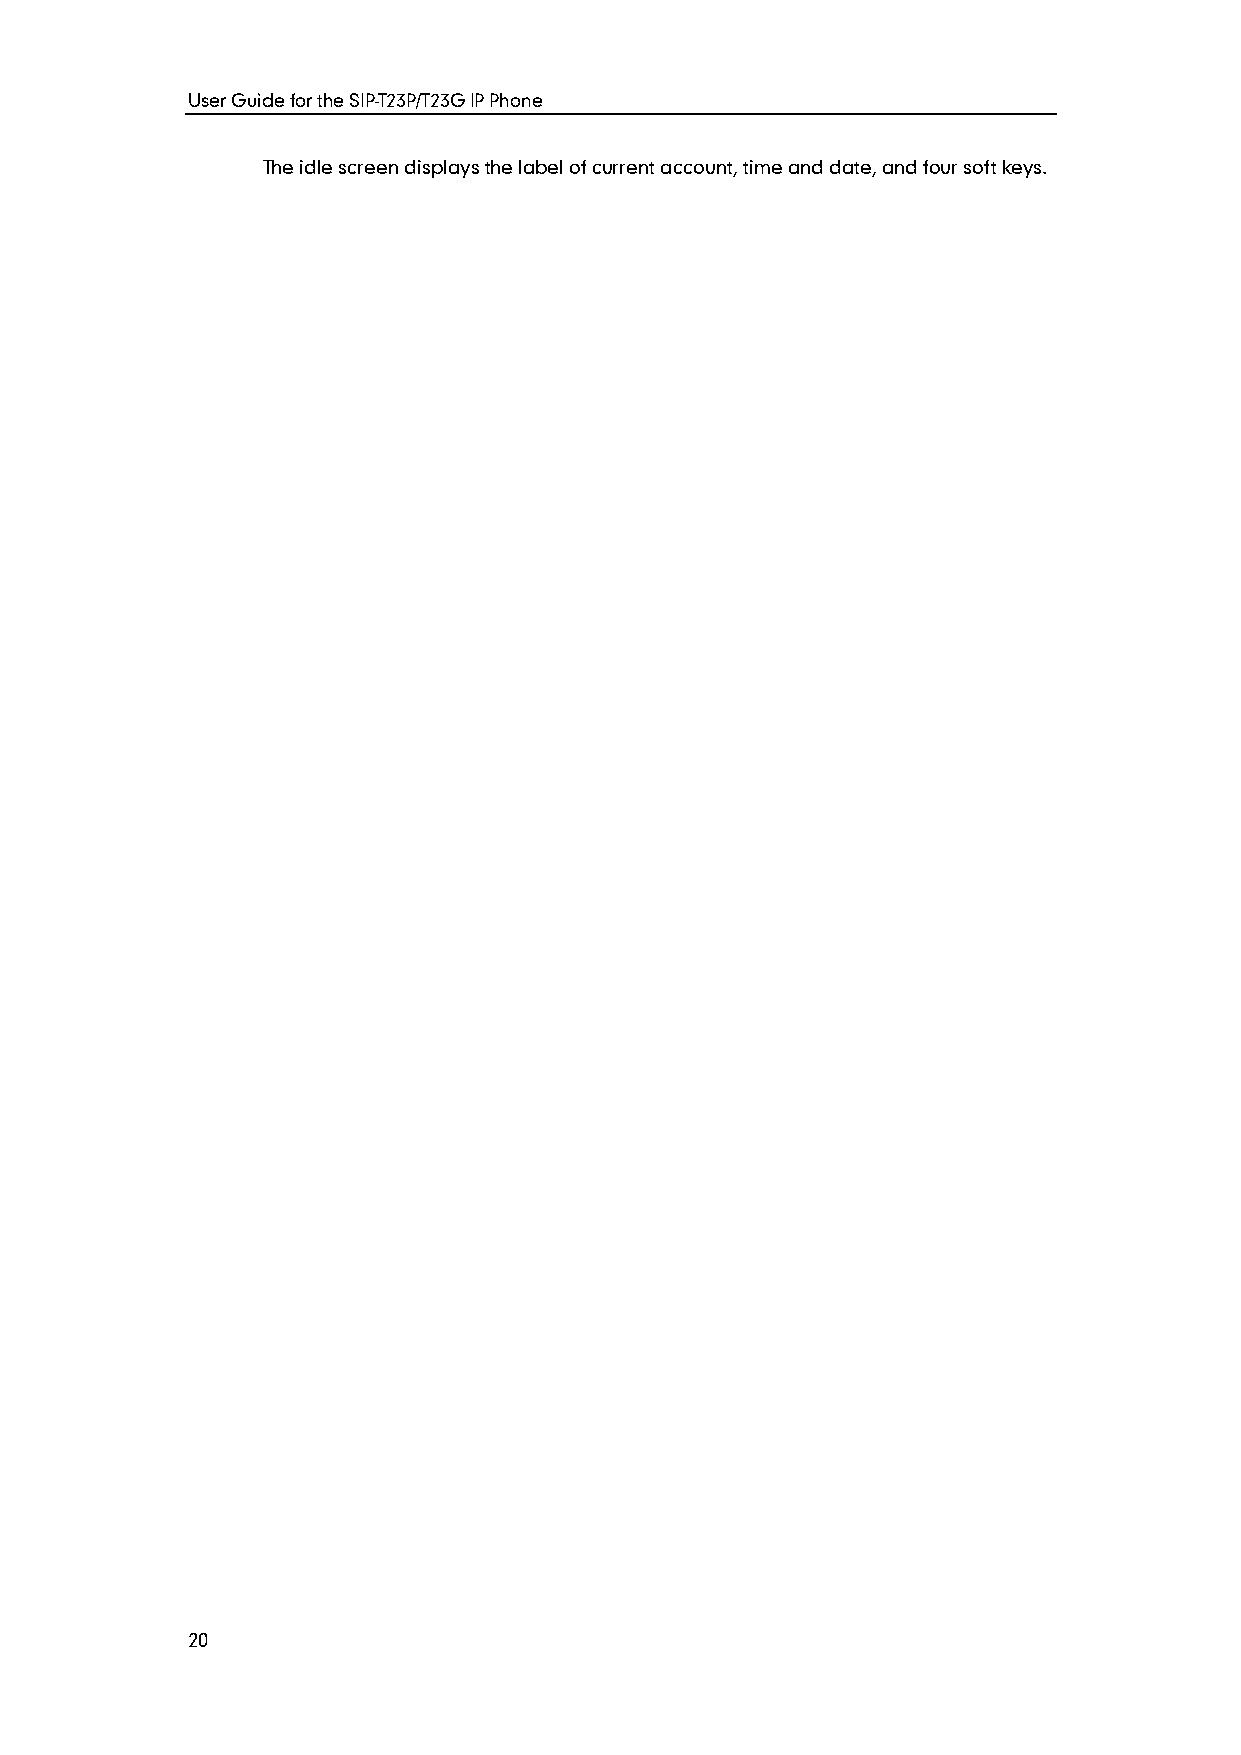
User Guide for the SIP-T23P/T23G IP Phone
 The idle screen displays the label of current account, time and date, and four soft keys.
 20